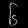
Digit: ၆